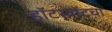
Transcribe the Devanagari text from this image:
हॉटस्पॉटचा